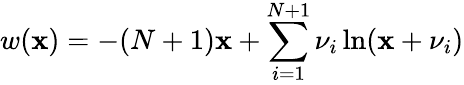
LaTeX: w(\mathbf{x})=-(N+1)\mathbf{x}+\sum_{i=1}^{N+1}\nu_{i}\ln(\mathbf{x}+\nu_{i})